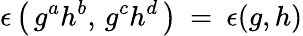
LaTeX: \epsilon\left(\, g^{a}h^{b},\, g^{c}h^{d}\, \right)\: =\: \epsilon(g,h)